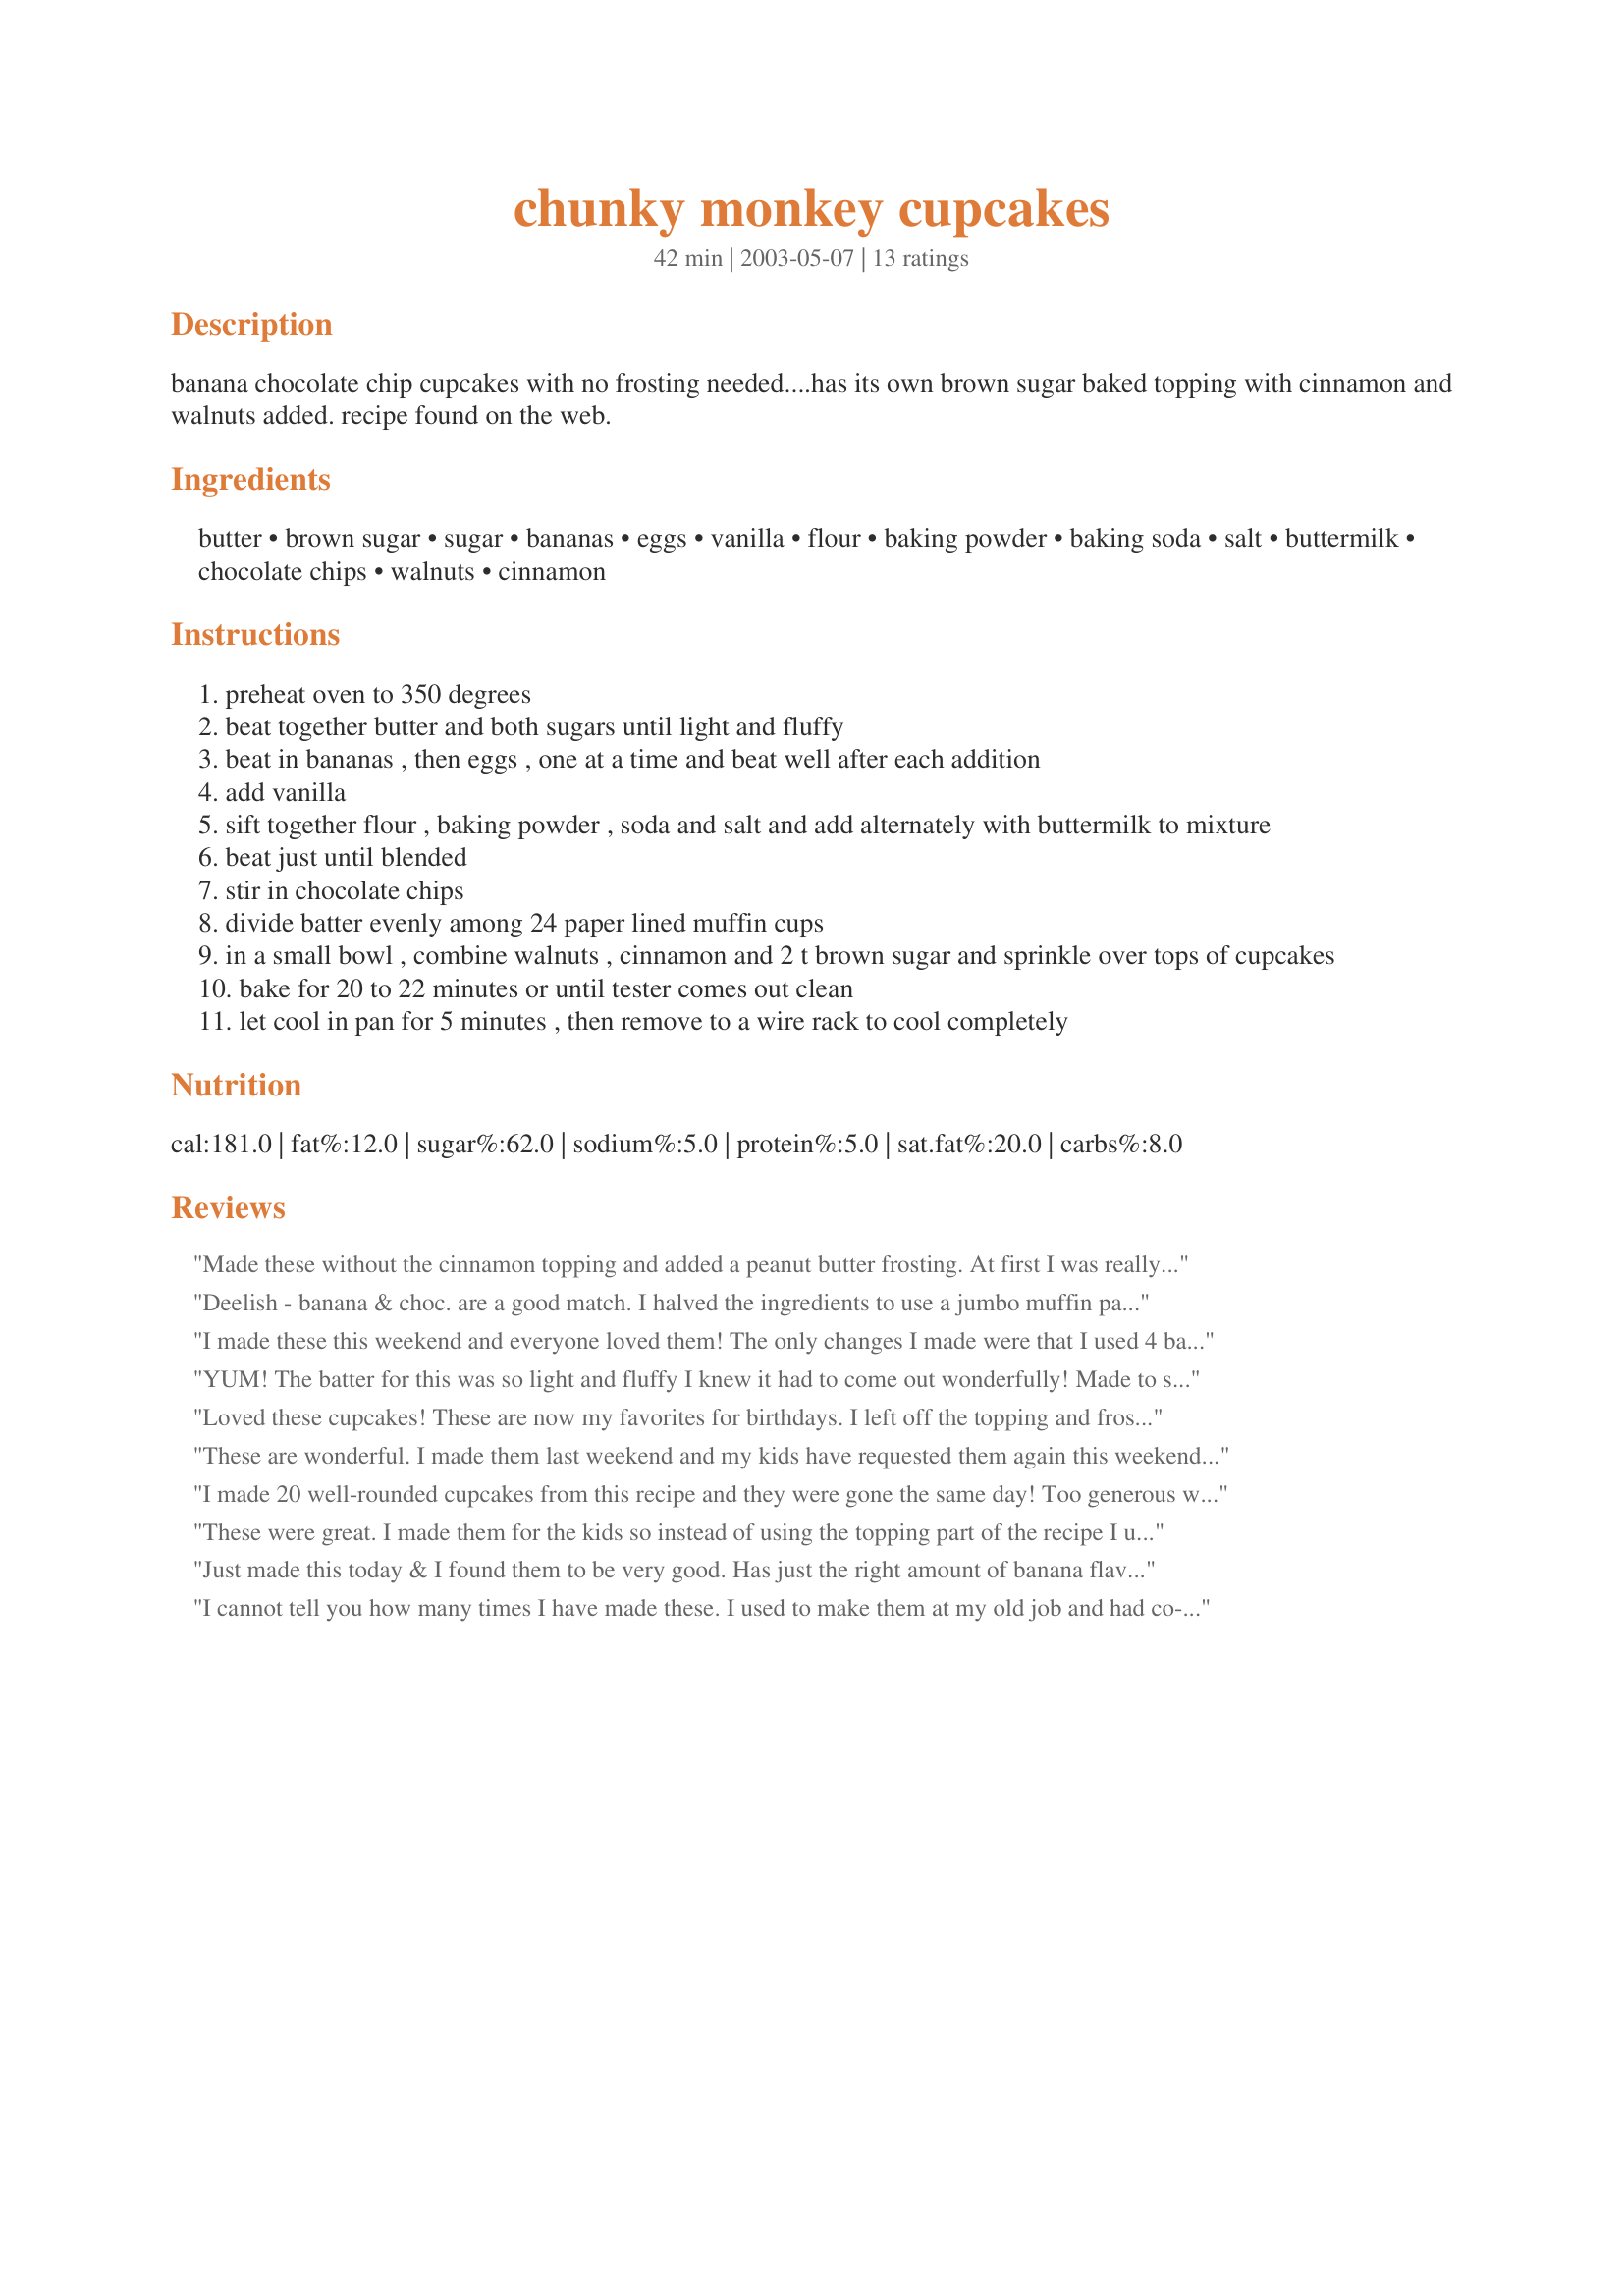
chunky monkey cupcakes
Preparation time: 42 minutes

banana chocolate chip cupcakes with no frosting needed....has its own brown sugar baked topping with cinnamon and walnuts added. recipe found on the web.

Ingredients:
butter, brown sugar, sugar, bananas, eggs, vanilla, flour, baking powder, baking soda, salt, buttermilk, chocolate chips, walnuts, cinnamon

Steps:
preheat oven to 350 degrees
beat together butter and both sugars until light and fluffy
beat in bananas , then eggs , one at a time and beat well after each addition
add vanilla
sift together flour , baking powder , soda and salt and add alternately with buttermilk to mixture
beat just until blended
stir in chocolate chips
divide batter evenly among 24 paper lined muffin cups
in a small bowl , combine walnuts , cinnamon and 2 t brown sugar and sprinkle over tops of cupcakes
bake for 20 to 22 minutes or until tester comes out clean
let cool in pan for 5 minutes , then remove to a wire rack to cool completely

Reviews:
Made these without the cinnamon topping and added a peanut butter frosting. At first I was really disappointed in these. They didn't rise for me at all, stayed almost flat and dense. I baked them for 25 minutes and they still seemed gooey that night. However in the morning that had gone away and they tasted wonderful! I kept one for myself and sent the rest to work with bf before I tasted them again. The guys went nuts over them and he nearly got mauled by people asking what was in them/how to make them and if I planned on making them again lol. If i could just get them to puff up a bit I'd be very happy! I'll have to play around with them a touch. Thanks for sharing Marie!
Deelish - banana & choc. are a good match. I halved the ingredients to use a jumbo muffin pan (6 muffs), but the batter was short by 2 muffs. Will make a more accurate adjustment next time. Thanks for these, Marie!
I made these this weekend and everyone loved them! The only changes I made were that I used 4 bananas (mine were a litte small) and instead of walnuts on top (my stepson does not like nuts) I used some Hershey cinnamon chips. Husband took some to work and they were devoured. Also sent some to my Mom to give to my nephews but my Dad got ahold of them! I guess I will be making more in the near future. Thank you for a wonderful recipe!
YUM! The batter for this was so light and fluffy I knew it had to come out wonderfully! Made to share at a New year party and they were devoured and raved about all night! DO watch the bake time tho- I baked them 20 min and I would have liked them better at about 18 - a little moister- could be my oven but wanted to share that bit just in case- VERY VERY good recipe! A KEEPER! Thanks so much Marie!
Loved these cupcakes! These are now my favorites for birthdays. I left off the topping and frosted them with chocolate buttercream frosting. They'd also be great with chocolate peanut butter frosting. Very moist and great banana flavor.
These are wonderful. I made them last weekend and my kids have requested them again this weekend. Thanks!
I made 20 well-rounded cupcakes from this recipe and they were gone the same day! Too generous with my topping on the first 12 I had none left over for the remaining 8 so next time I'll just double these ingredients.
These were great. I made them for the kids so instead of using the topping part of the recipe I used buttercream. 
I plan to make them with the topping for DH to take his friday morning meeting.
Just made this today & I found them to be very good. Has just the right amount of banana flavor without being overpowering. Only changes would be purely personal preference. I made 1 1/2 times the topping & the grandkids weren't fond of the semi-sweet chocolate chips. Next time I'll try milk chocolate chips for them. I'm very impressed with this recipe & it's a true keeper.
I cannot tell you how many times I have made these. I used to make them at my old job and had co-workers wanting me to make a batch just for them. And recently I made them at my new job, and they are a hit their too. A few changes, I did mix the topping ingredients into the batter, faster that way.

And the recent ones I made I didn't add walnuts (nut allergies), and I made a batch milk-free. I used rice milk, omitted the baking soda, doubled the baking powder, and omitted the chocolate chips. A total hit the milk-free ones 2 kids ate 9 muffins total.
Made this for my 5 yr olds Kindergarten class..they were a HIT! Left out the nuts because of an allergy in the class....Next time I will definitely use them...and I will try mixing the topping with a little butter to give it a little more CRUNCH. Lastly....maybe 1/4 cup more brown sugar...or even a hint of molasses may heighten the flavor just a bit...but a good, moist cupcake even without any changes!
Chunky Monkey is my favorite ice cream flavor! My niece and I made these over the weekend and we absolutely loved them. We shared them with family, neighbors, and friends. Now there's only one left and it has my name on it!
this is the perfect banana choco chips cupcake.try it sure you'll love it
